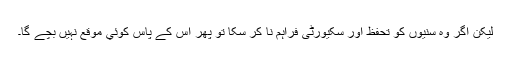
لیکن اگر وہ سنیوں کو تحفظ اور سکیورٹی فراہم نا کر سکا تو پھر اس کے پاس کوئي موقع نہیں بچے گا۔